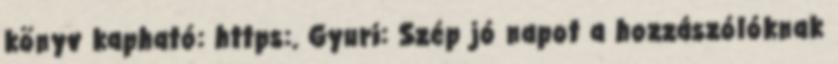
könyv kapható: https:. Gyuri: Szép jó napot a hozzászólóknak